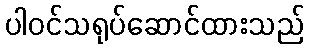
ပါဝင်သရုပ်ဆောင်ထားသည်